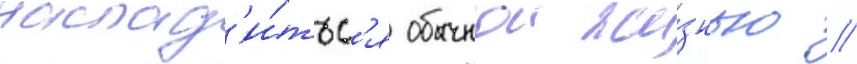
наслад'и́тьс'я обычнои жи́знью //